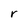
Character: r